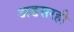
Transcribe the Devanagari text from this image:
अडसरही